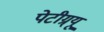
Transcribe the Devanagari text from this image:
पेटीग्र्यू